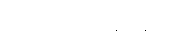
ဖာတိကရေယျ